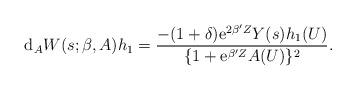
LaTeX: \begin{align*} \mathrm{d}_A W(s;\beta,A)h_1= \frac{-(1+\delta)\mathrm{e}^{2\beta'Z}Y(s) h_1(U)}{\{1+\mathrm{e}^{\beta'Z}A(U)\}^2}.\end{align*}